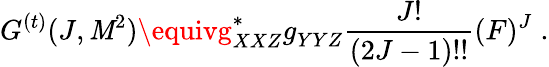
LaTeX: G^{(t)}(J,\mathit{M}^{2})\equivg_{XXZ}^{\ast}g_{YYZ}^{}\frac{{J!}}{{(2J-1)!!}}(F)^{J}\; .